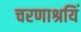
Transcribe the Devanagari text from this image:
चरणाश्रयिं